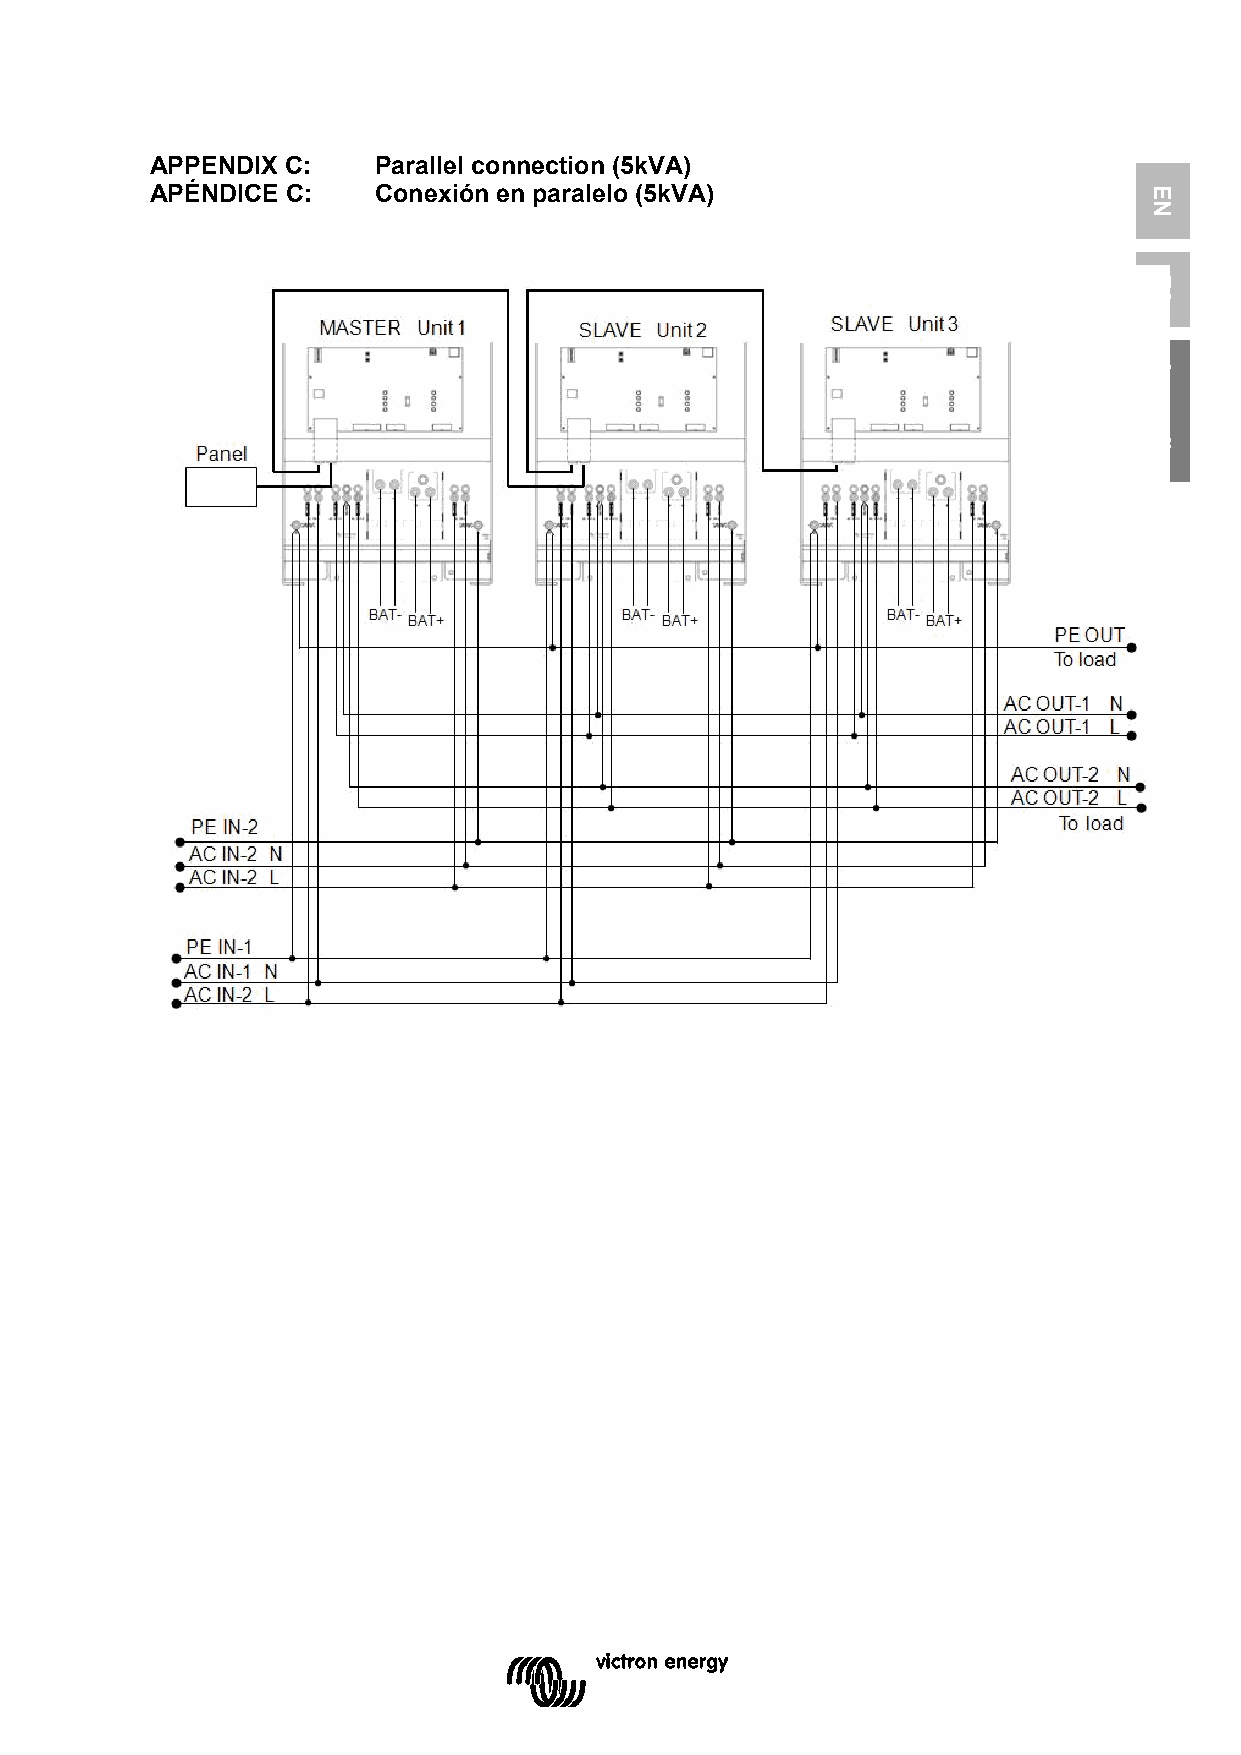
APPENDIX C:    Parallel connection (5kVA)
 APÉNDICE C:    Conexión en paralelo (5kVA)                        EN
 ES
 Appendix